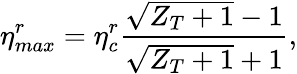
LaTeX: \eta_{max}^{r}=\eta_{c}^{r}\frac{\sqrt{Z_{T}+1}-1}{\sqrt{Z_{T}+1}+1},